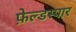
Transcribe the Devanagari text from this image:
फ़ेल्डस्पार